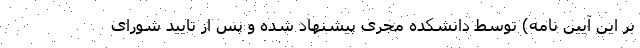
بر این آیین نامه) توسط دانشکده مجری پیشنهاد شده و پس از تایید شورای